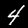
Digit: 4